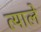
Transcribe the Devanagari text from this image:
त्याले